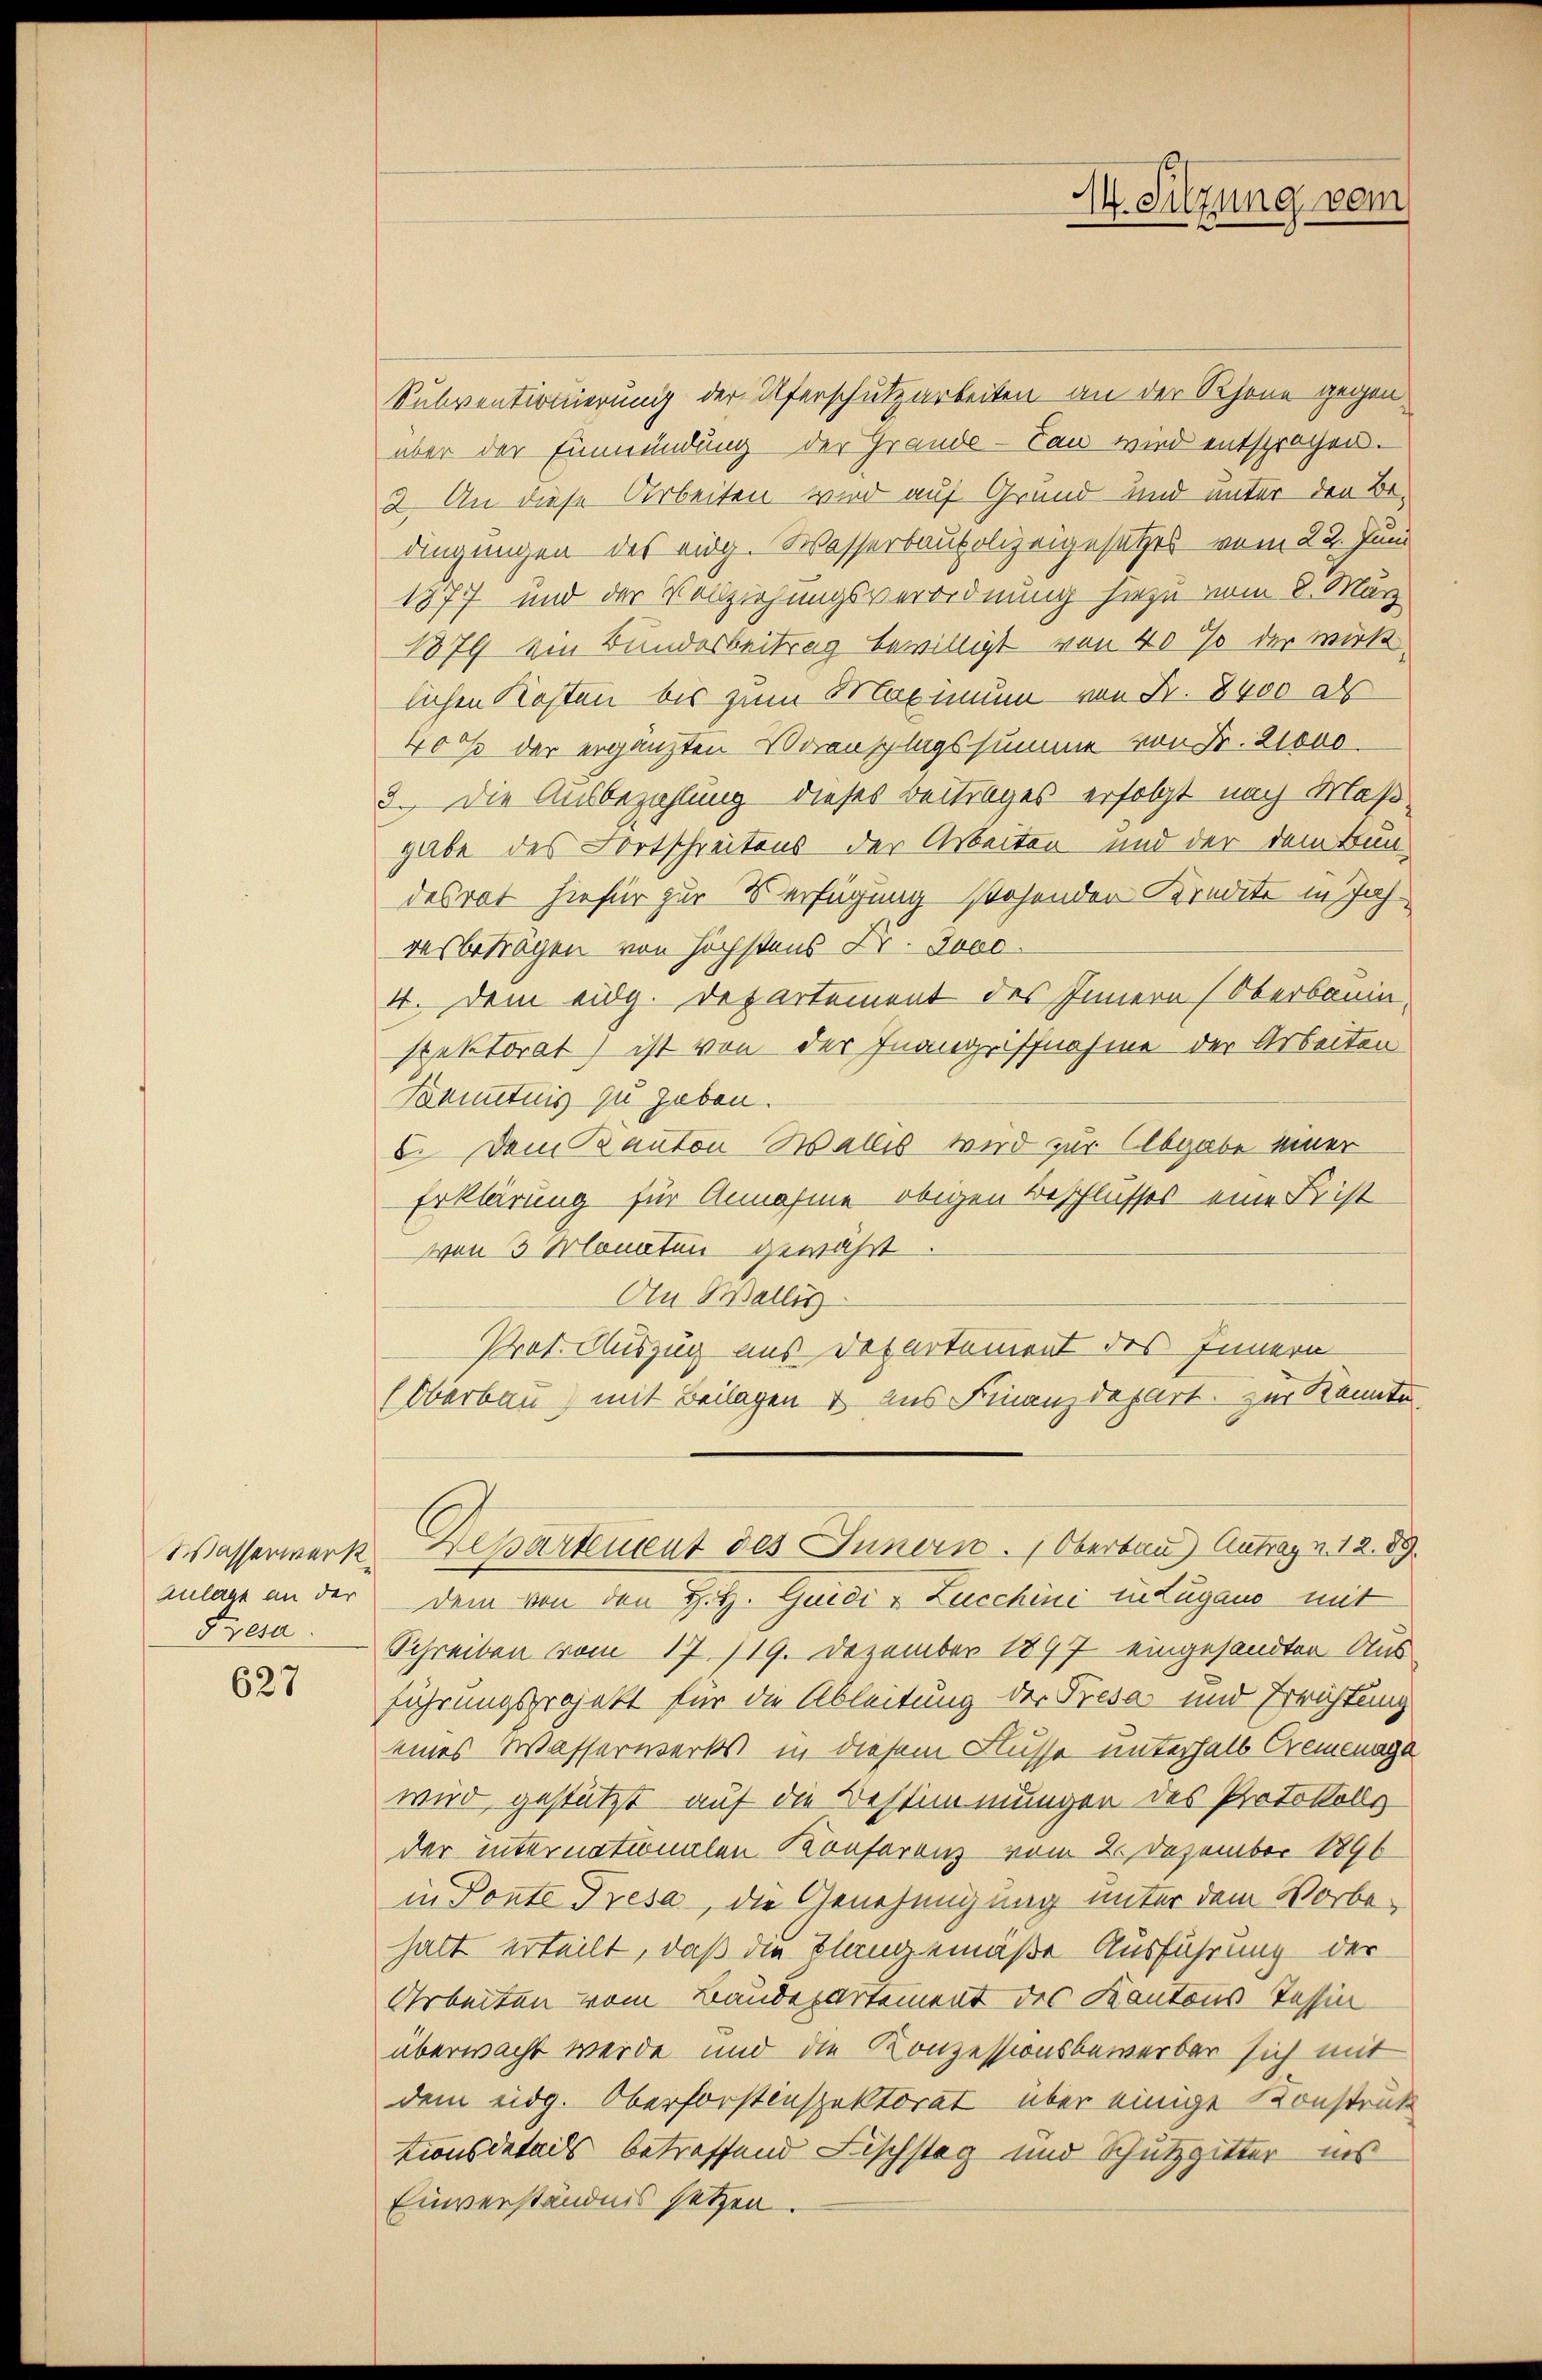
Wasserwerk
Anlage an der
Fresa

627

Subventionierung der Uferschutzarbeiten an der Rhone gegen
über der Einmündung der Grande-Can wird entsprochen.
2. An diese Arbeiten wird auf Grund und unter den Bedingungen des eidg. Wasserbaupolizeigesetzes vom 22. Juni
1877 und der Vollziehungsverordnung hiezu vom 8. März
1879 von Bundesbeitrag bewilligt von 40% der wirk
lichen Kosten bis zum Maximum von Fr. 8400 als
400 der ergänzten Voranschlagssumme von Fr. 21000
3. Die Ausbezahlung dieses Beitrages erfolgt nach Maßgabe des Fortschreitens der Arbeiten und der dem Bundesrat hiefür zur Verfügung stehender Kredite in Jah
resbeträgen von höchstens Dr. Jose
4. Dem eidg. Departement des Innern (Oberbauinspektorat) ist von der Inangriffnahme der Arbeiten
Kenntnis zu geben.
8. Dem Kanton Wallis wird zur Abgabe einer
Erklärung für Annahme obigen Beschlusses eine Frist
von 3 Monaten gewährt
An Wallis
Prot. Auszug aus Departement des Innern
(Oberbau) mit Beilagen & aus Finanzdepart. Zur Kennte
Departement des Innern. Oberbau Antrag u. 12. 89
dem von den Hitz. Gerice " Zucchine zutagen mit
Schreiben vom 17. 119. Dezember 1897 eingesandten Aus
führungsprojekt für die Ableitung der Tresa und Errichtung
eines Wasserwerks in diesem Flusse unterhalb Cremenaga
wird gestützt auf die Bestimmungen des Protokolls
der internationalen Konferenz vom 2. Dezember 1890
in Ponte Tresa, die Genehmigung unter dem Vorbe-
halt erteilt, daß die Klangemäße Ausführung der
Arbeiten vom Baudepartement des Kantons Tessin
überwacht werde und die Konzessionsbewerber sich mit
dem eidg. Oberforstinspektorat über einige Konstruk
tionsdetails betreffend Fischstag und Schutzzitter ins
Einverständnis setzen.

M. Sitzung vom